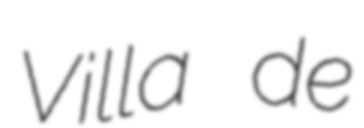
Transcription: Villa de